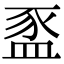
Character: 䀃